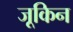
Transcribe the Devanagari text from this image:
जूकिन